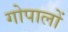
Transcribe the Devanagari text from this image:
गोपालों